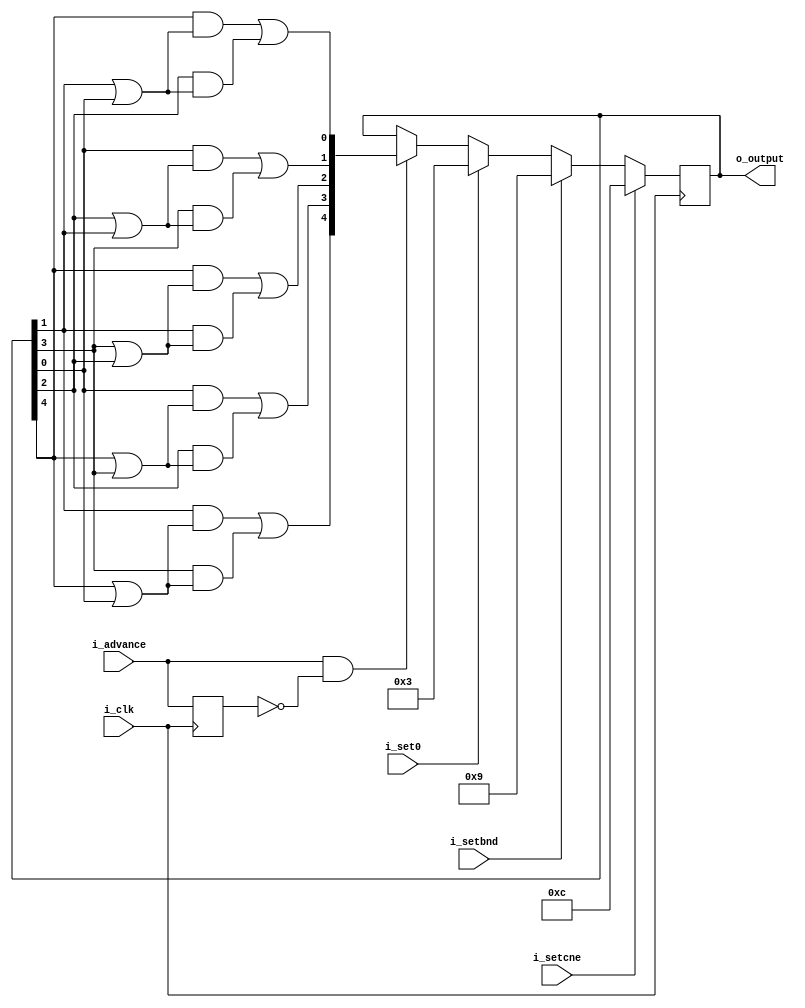
module decade14(i_clk,
	i_set0,
	i_setbnd,
	i_setcne,
	i_advance,
	o_output);

input wire i_clk;
input wire i_set0;
input wire i_setbnd;
input wire i_setcne;
input wire i_advance;

output reg [4:0] o_output;

reg last_advance;
wire [4:0] next_output;
wire a,b,c,d,e;
wire [4:0] out_plus_1;
wire set3;
wire set6;
wire advance;

assign {a,b,c,d,e} = o_output;
assign out_plus_1 = {
	d & (a | e) | b & (a | e),
	e & (a | b) | c & (a | b),
	a & (b | c) | d & (b | c),
	e & (c | d) | b & (c | d),
	a & (d | e) | c & (d | e)
};
assign set3 = i_setbnd;
assign set6 = i_setcne;
assign advance = i_advance & ~last_advance;

assign next_output = set6 ? 5'b1100 :
	set3 ? 5'b1001 :
	i_set0 ? 5'b11 :
	advance ? out_plus_1 :
	o_output;

always @(posedge i_clk) begin
	last_advance <= i_advance;
	o_output <= next_output;
end

endmodule